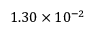
1 . 3 0 \times 1 0 ^ { - 2 }